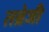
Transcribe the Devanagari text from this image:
तब्रेजी